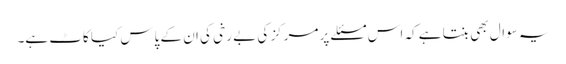
یہ سوال بھی بنتا ہے کہ اس مسئلے پر مرکز کی بے رخی کی ان کے پاس کیا کاٹ ہے۔